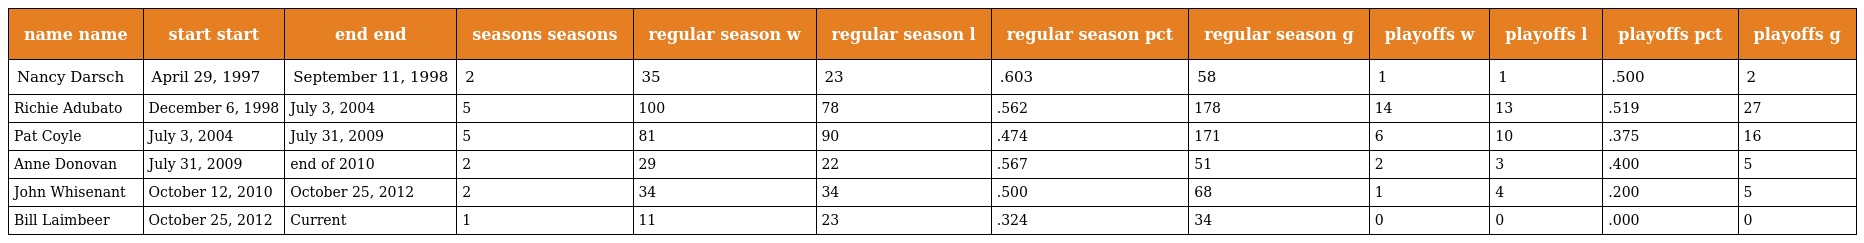
| name name | start start | end end | seasons seasons | regular season w | regular season l | regular season pct | regular season g | playoffs w | playoffs l | playoffs pct | playoffs g |
 | --- | --- | --- | --- | --- | --- | --- | --- | --- | --- | --- | --- |
 | Nancy Darsch | April 29, 1997 | September 11, 1998 | 2 | 35 | 23 | .603 | 58 | 1 | 1 | .500 | 2 |
 | Richie Adubato | December 6, 1998 | July 3, 2004 | 5 | 100 | 78 | .562 | 178 | 14 | 13 | .519 | 27 |
 | Pat Coyle | July 3, 2004 | July 31, 2009 | 5 | 81 | 90 | .474 | 171 | 6 | 10 | .375 | 16 |
 | Anne Donovan | July 31, 2009 | end of 2010 | 2 | 29 | 22 | .567 | 51 | 2 | 3 | .400 | 5 |
 | John Whisenant | October 12, 2010 | October 25, 2012 | 2 | 34 | 34 | .500 | 68 | 1 | 4 | .200 | 5 |
 | Bill Laimbeer | October 25, 2012 | Current | 1 | 11 | 23 | .324 | 34 | 0 | 0 | .000 | 0 |